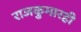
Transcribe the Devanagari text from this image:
राजकुमारही